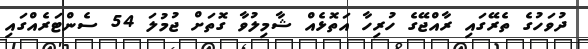
ދުވަހުގެ ތެރޭގައި ރާއްޖޭގެ ހުރިހާ އަތޮޅެއް ޝާމިލުވާ ގޮތަށް ޖުމުލަ 54 ސެންޓަރެއްގައި